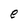
Character: e